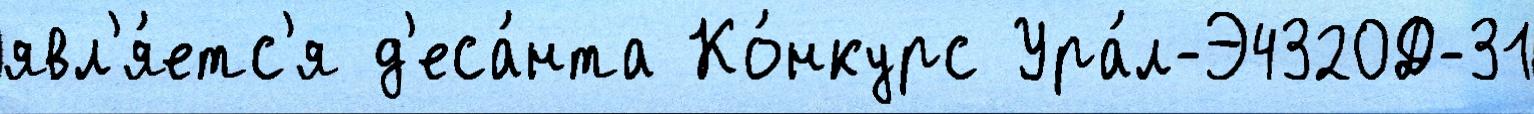
явл'я́етс'я д'еса́нта Ко́нкурс Ура́л-Э4320Д-31